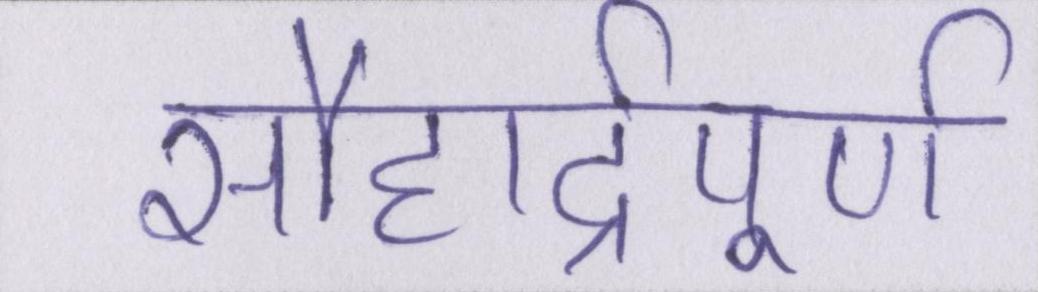
सौहार्द्रपूर्ण